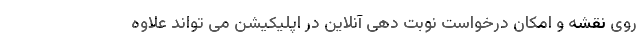
روی نقشه و امکان درخواست نوبت دهی آنلاین در اپلیکیشن می تواند علاوه